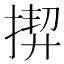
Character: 𢰟